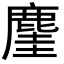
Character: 𪊧